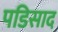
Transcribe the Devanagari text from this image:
पडिसाद